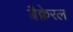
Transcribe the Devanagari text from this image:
बैक्वेरल